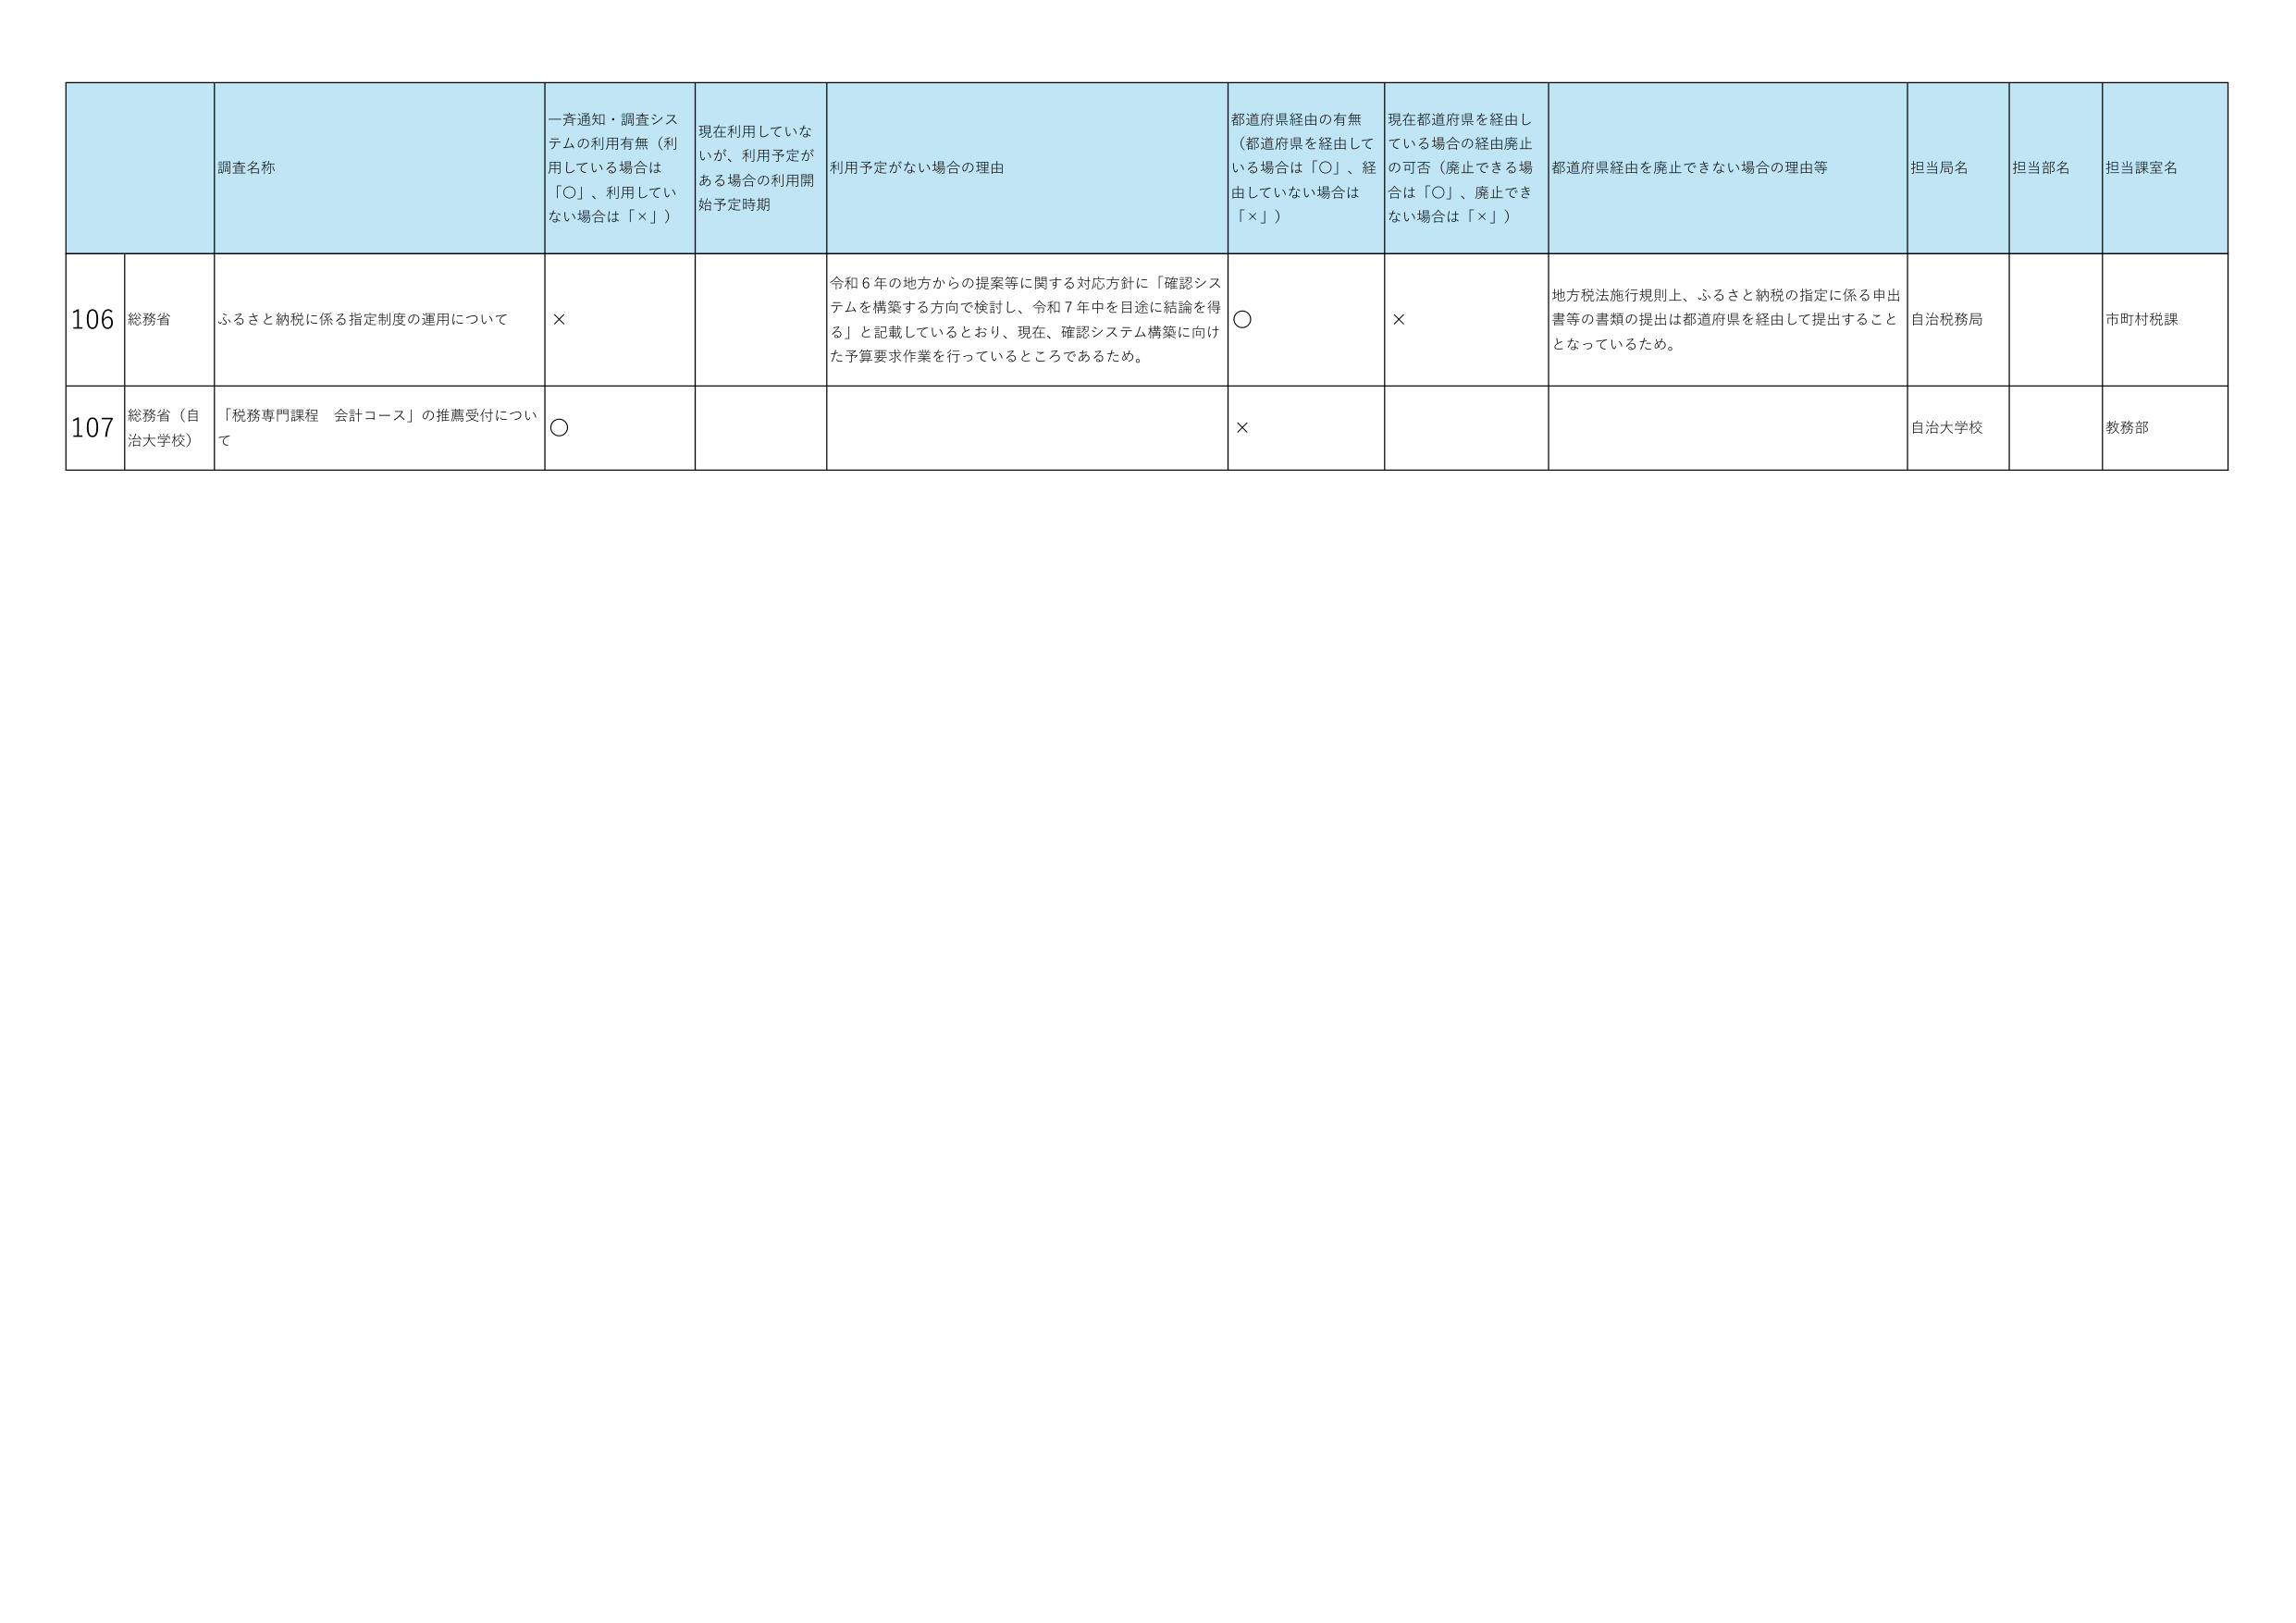
調査名称
一斉通知・調査システムの利用有無（利用している場合は「○」、利用していない場合は「×」）
現在利用していないが、利用予定がある場合の利用開始予定時期
利用予定がない場合の理由
都道府県経由の有無（都道府県を経由している場合は「○」、経由していない場合は「×」）
現在都道府県を経由している場合の経由廃止の可否（廃止できる場合は「○」、廃止できない場合は「×」）
都道府県経由を廃止できない場合の理由等
担当局名
担当部名
担当課室名

106
総務省
ふるさと納税に係る指定制度の運用について
×
令和６年の地方からの提案等に関する対応方針に「確認システムを構築する方向で検討し、令和７年中を目途に結論を得る」と記載しているとおり、現在、確認システム構築に向けた予算要求作業を行っているところであるため。
○
×
地方税法施行規則上、ふるさと納税の指定に係る申出書等の書類の提出は都道府県を経由して提出することとなっているため。
自治税務局
市町村税課

107
総務省（自治大学校）
「税務専門課程 会計コース」の推薦受付について
○
×
自治大学校
教務部